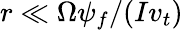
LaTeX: r\ll\Omega\psi_{f}/(Iv_{t})